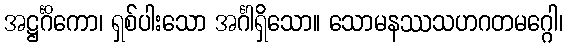
အဋ္ဌင်္ဂိကော၊ ရှစ်ပါးသော အင်္ဂါရှိသော။ သောမနဿသဟဂတမဂ္ဂေါ၊